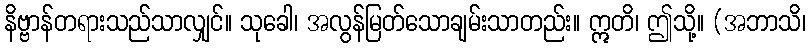
နိဗ္ဗာန်တရားသည်သာလျှင်။ သုခေါ၊ အလွန်မြတ်သောချမ်းသာတည်း။ ဣတိ၊ ဤသို့။ (အဘာသိ၊